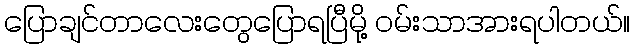
ပြောချင်တာလေးတွေပြောရပြီမို့ ဝမ်းသာအားရပါတယ်။